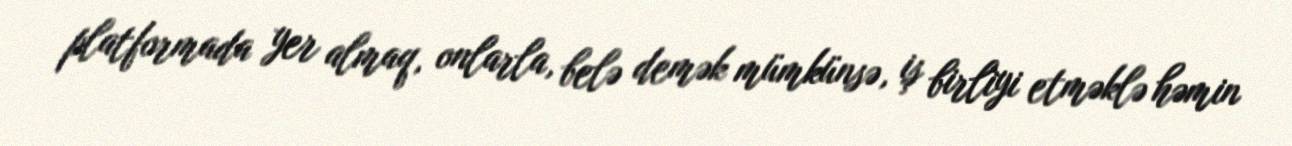
platformada yer almaq, onlarla, belə demək mümkünsə, iş birliyi etməklə həmin